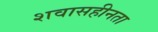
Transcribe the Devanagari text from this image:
शवासहीनता